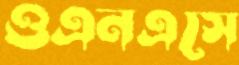
ওএনএসে